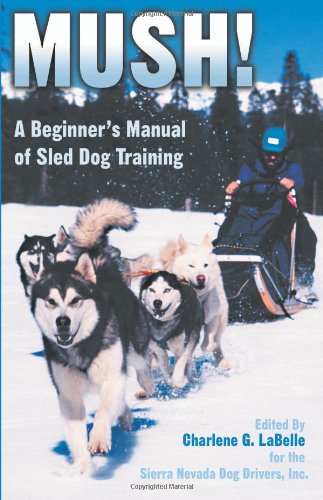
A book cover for Mush! Revised: A Beginner's Manual of Sled Dog Training; Charlene G. LaBelle; Crafts, Hobbies & Home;